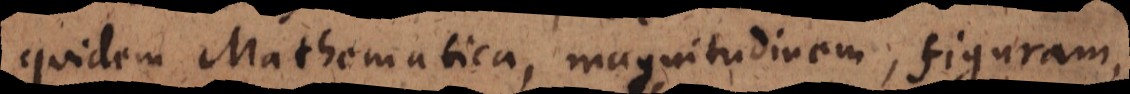
quidem Mathematica, magnitudinem, figuram,